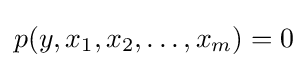
p(y,x_{1},x_{2},\dots ,x_{m})=0